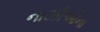
નાઝીઓના